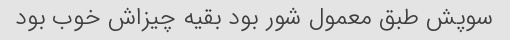
سوپش طبق معمول شور بود بقیه چیزاش خوب بود